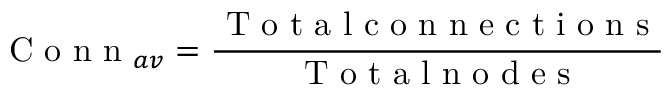
\textrm { C o n n } _ { a v } = \frac { \textrm { T o t a l c o n n e c t i o n s } } { \textrm { T o t a l n o d e s } }